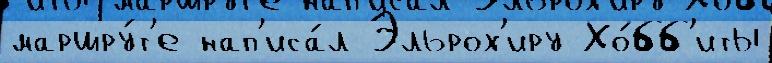
маршру́т'е нап'иса́л Эльрох'иру Хо́бб'иты